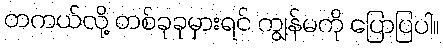
တကယ်လို့ တစ်ခုခုမှားရင် ကျွန်မကို ပြောပြပါ။